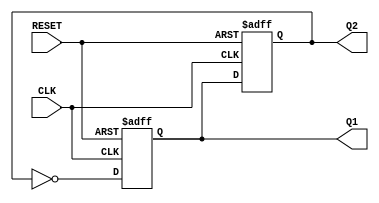
module dual_stage_johnson_counter (
    input wire CLK,      // Clock input
    input wire RESET,    // Reset input
    output reg Q1,       // Output of the first flip-flop
    output reg Q2        // Output of the second flip-flop
);

    // Always block triggered on the rising edge of the clock or on reset
    always @(posedge CLK or posedge RESET) begin
        if (RESET) begin
            // Reset both flip-flops to 0
            Q1 <= 1'b0;
            Q2 <= 1'b0;
        end else begin
            // State transition logic for the Johnson Counter
            Q1 <= ~Q2; // D1 = ~Q2 (inverted output of Q2)
            Q2 <= Q1;  // D2 = Q1 (output of Q1)
        end
    end

endmodule